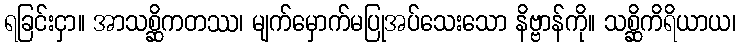
ရခြင်းငှာ။ အာသစ္ဆိကတဿ၊ မျက်မှောက်မပြုအပ်သေးသော နိဗ္ဗာန်ကို။ သစ္ဆိကိရိယာယ၊